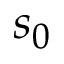
s _ { 0 }